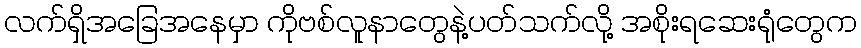
လက်ရှိအခြေအနေမှာ ကိုဗစ်လူနာတွေနဲ့ပတ်သက်လို့ အစိုးရဆေးရုံတွေက